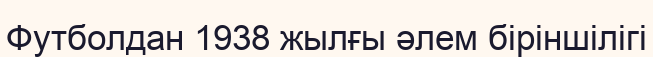
Футболдан 1938 жылғы әлем біріншілігі